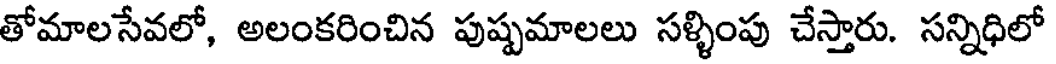
తోమాలసేవలో, అలంకరించిన పుష్పమాలలు సళ్ళింపు చేస్తారు. సన్నిధిలో